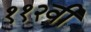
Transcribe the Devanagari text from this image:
११२वी